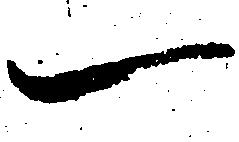
一